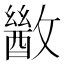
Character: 𫿙